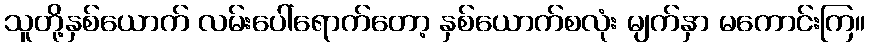
သူတို့နှစ်ယောက် လမ်းပေါ်ရောက်တော့ နှစ်ယောက်စလုံး မျက်နှာ မကောင်းကြ။